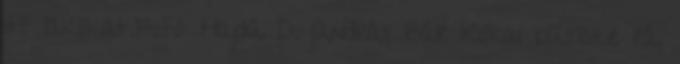
itt lakókat.Fotó: Hajdú D. András Bár Kókai büszke rá,